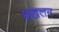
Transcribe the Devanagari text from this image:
श्रंखलन